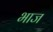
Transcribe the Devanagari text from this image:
भाज